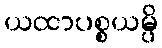
ယထာပစ္စယမ္ပိ